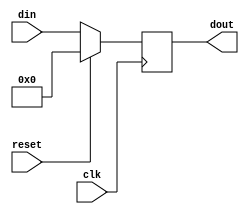
module SynchronousRegister #(parameter WIDTH = 8) (
    input wire clk,          // Clock input
    input wire reset,        // Reset input
    input wire [WIDTH-1:0] din,  // Data input
    output reg [WIDTH-1:0] dout   // Data output
);

    // Synchronous behavior
    always @(posedge clk) begin
        if (reset) begin
            dout <= 0;  // Reset the output to zero on reset assertion
        end else begin
            dout <= din; // Capture the input data on the rising edge of the clock
        end
    end

endmodule